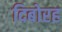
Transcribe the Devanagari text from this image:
दिबोरह